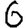
Digit: 6